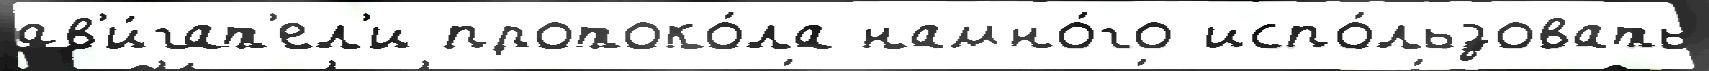
дв'и́гат'ел'и протоко́ла намно́го испо́льзовать